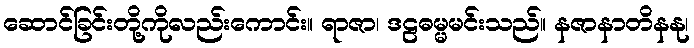
ဆောင်ခြင်းတို့ကိုလည်းကောင်း။ ရာဇာ၊ ဒဠဓမ္မမင်းသည်။ နဇာနာတိနနု၊